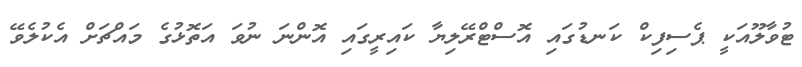
ޓުވާލޫއަކީ ޕެސިފިކް ކަނޑުގައި އޮސްޓްރޭލިޔާ ކައިރީގައި އޮންނަ ނުވަ އަތޮޅުގެ މައްޗަށް އެކުލެވޭ